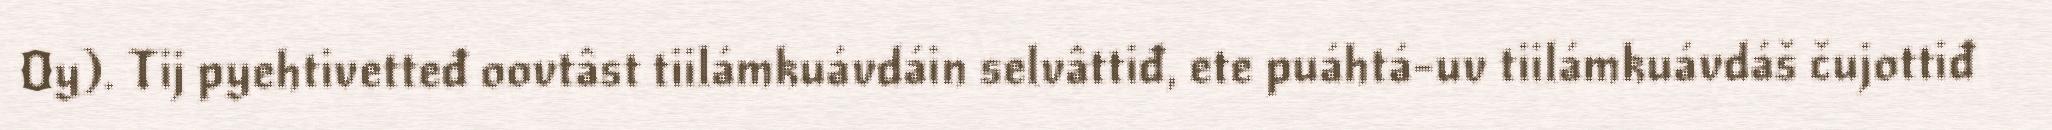
Oy). Tij pyehtivetteđ oovtâst tiilámkuávdáin selvâttiđ, ete puáhtá-uv tiilámkuávdáš čujottiđ